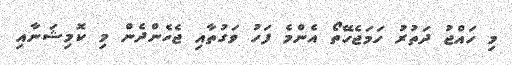
މި ހައްޖު ދަތުރު ހަމަޖެހޭތޯ އެންމެ ފަހު ވަގުތާއި ޖެހެންދެން މި ކޮމިޝަނާއި